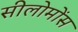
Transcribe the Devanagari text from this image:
सीलोमोंस